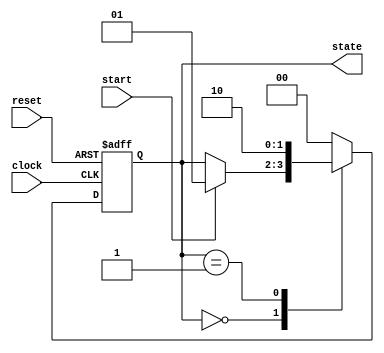
module fsm_example (
    input wire clock,
    input wire reset,
    input wire start,
    output reg [1:0] state
);

// State Encoding
parameter IDLE = 2'b00;
parameter STATE1 = 2'b01;
parameter STATE2 = 2'b10;

// Sequential Logic Block
always @(posedge clock or posedge reset) begin
    if (reset) begin
        // Asynchronous reset
        state <= IDLE;
    end else begin
        case (state)
            IDLE: begin
                if (start) begin
                    state <= STATE1; // Transition to STATE1 on start signal
                end
            end
            STATE1: begin
                // Example condition for moving to STATE2
                state <= STATE2; // Transition to STATE2
            end
            STATE2: begin
                // Example condition for returning to IDLE
                state <= IDLE; // Transition back to IDLE
            end
            default: state <= IDLE; // Default case
        endcase
    end
end

endmodule